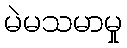
မဲမသမာမှု